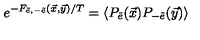
e ^ { - F _ { \tilde { e } , - \tilde { e } } ( \vec { x } , \vec { y } ) / T } = \langle P _ { \tilde { e } } ( \vec { x } ) P _ { - \tilde { e } } ( \vec { y } ) \rangle